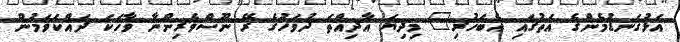
އަޅުގަނޑުމެންގެ އަތުގައި އެބަހުރި" މިދިޔަ އާދިއްތަ ދުވަހުގެ ރޭ ނޫސްވެރިންނާ ވާހަކަ ދައްކަވަމުން